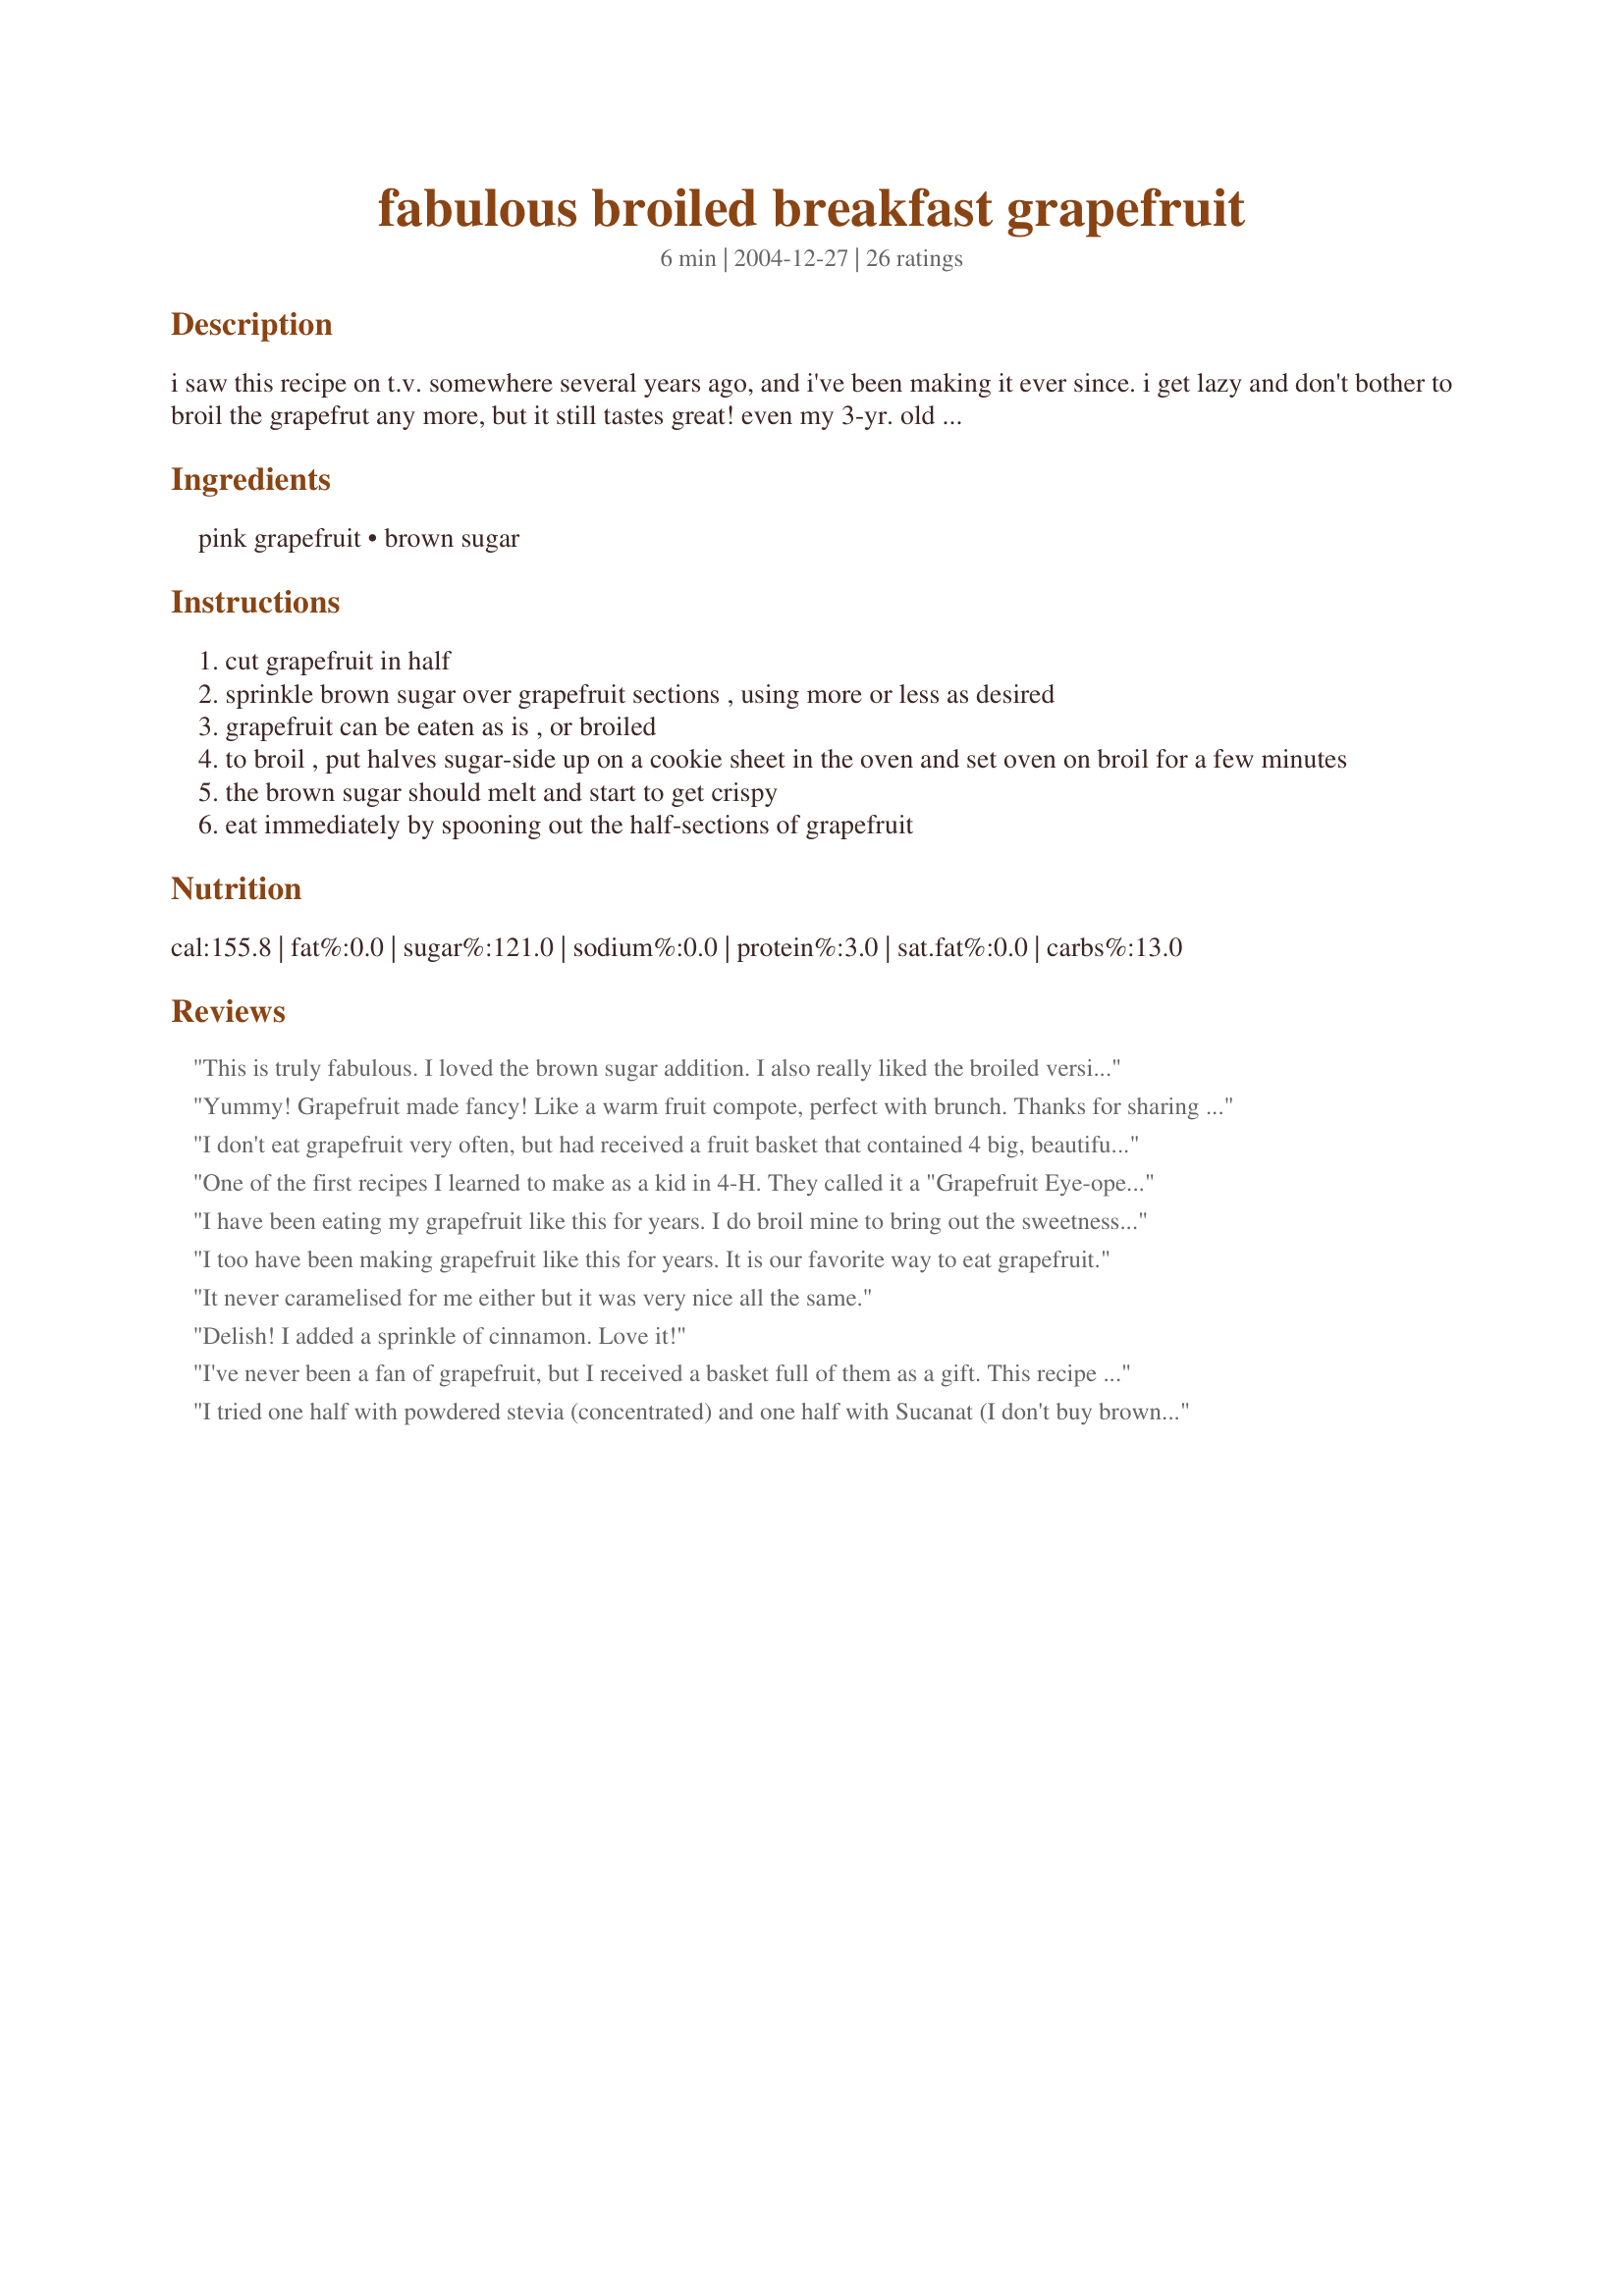
fabulous broiled breakfast grapefruit
Preparation time: 6 minutes

i saw this recipe on t.v. somewhere several years ago, and i've been making it ever since. i get lazy and don't bother to broil the grapefrut any more, but it still tastes great! even my 3-yr. old now eats grapefruit this way.

Ingredients:
pink grapefruit, brown sugar

Steps:
cut grapefruit in half
sprinkle brown sugar over grapefruit sections , using more or less as desired
grapefruit can be eaten as is , or broiled
to broil , put halves sugar-side up on a cookie sheet in the oven and set oven on broil for a few minutes
the brown sugar should melt and start to get crispy
eat immediately by spooning out the half-sections of grapefruit

Reviews:
This is truly fabulous. I loved the brown sugar addition. I also really liked the broiled version of this. Thanks for sharing. Made for Think Pink 09 :)
Yummy! Grapefruit made fancy! Like a warm fruit compote, perfect with brunch. Thanks for sharing the recipe!
I don't eat grapefruit very often, but had received a fruit basket that contained 4 big, beautiful grapefruits. I had the first two my usual way, which was sliced in half with some white sugar sprinkled on top. Then I decided to look on Zaar for another way to have my grapefruit. I found this recipe and found out that I DO like grapefruit. LOL I sliced the grapefruit in half, sliced between each of the sections and cut around the edge of the grapefruit so that the sections would come out easily. Then I sprinkled a little white sugar on the grapefruit and topped it with the brown sugar before putting it under the broiler. Yummy! Now I plan to actually buy grapefruit and not wait until I receive a fruit basket. Thanks for the wonderful recipe.
One of the first recipes I learned to make as a kid in 4-H. They called it a "Grapefruit Eye-opener". Just bought grapefruit spoons at the request of DH but have always cut them in half, then between the membranes in each little section before broiling to make it easier to eat. Thanks for a yummy - quick way to star the day and a great way to introduce grapefruit to children.
I have been eating my grapefruit like this for years. I do broil mine to bring out the sweetness of the fruit, and love this with a cup of tea and some whole grain toast. Thanks for posting the simple recipe.
I too have been making grapefruit like this for years. It is our favorite way to eat grapefruit.
It never caramelised for me either but it was very nice all the same.
Delish! I added a sprinkle of cinnamon. Love it!
I've never been a fan of grapefruit, but I received a basket full of them as a gift. This recipe is by far the best way to eat grapefruit. I added a little pinch of cinnamon to each half. Yum! I strongly suggest cutting sections prior to broiling. Otherwise, you have a very sticky mess on your hands!
I tried one half with powdered stevia (concentrated) and one half with Sucanat (I don't buy brown sugar). I sprinkled both halves with cinnamon. I appreciated the instructions on how to broil them. I liked the half with stevia better - it was sweeter, with less sugar. I'll bet honey would be good, just maybe messier. And the previous reviewer's suggestion on cutting sections before broiling is a great idea!
These are great. My Mom used to make these for us, but she added a maraschino cherry top it off.
Mmmm. I've also sectioned the grapefruit and broiled it with with the brown sugar in custard dishes. It makes a nice, healthy dessert.
Thank you so much! I was telling dh about broiling grapefruit with brown sugar just yesterday. He thought I was nuts. I wasn't sure exactly how to go about doing it (how long, if it was just brown sugar, etc). Incrediblythe recipe is featured on 'zaar's homepage today. 

Those who did the pics did a great job. How can one go wrong?
Yum!
To make this easier to eat, I cut the skin off my grapefruit, then cut it in half, added the brown sugar and boiled it. Very tasty and I look forward to eating more grapefruit!
I've done this for years. It makes a really nice, but light first course to any meal. At Christmas I like to alternate red and green maraschino cherries in the middle of the grapefruit halves before broiling. It makes such a festive table!
I am on a grapefruit kick and this is a wonderful and different way to enjoy grapefruit!! Never had warm grapefruit before and loved it!!! Added a bit less than 1 tablespoon and broiled it for a few minutes! Thanks SAHMchef!! :)
I love Grapefruit and have had it prepared this way many times! Broiling it really brings out the flavor. Thanks for sharng!
Refreshing, warm and a bit sweet. Great on a cold morning. Used extra brown sugar.
Made this to include with some pancakes for breakfast the other day ~ GREAT, JUST GREAT! And so easy to do, too! We love grapefruit around here anyway, & this is a wonderful new way for us to eat it! [Made & reviewed in Healthy Choices ABC tag]
Very Yummy. Made using Splenda Brown Sugar for baking. This has always been my favorite way to eat grapefruit. Thanks for posting it.
Hmmm. This didn't work for me. I used Brown Sugar Splenda (diabetic, trying to save on sugar) so I think that's where I strayed. The flavor was fantastic, but it never got crispy on top. Also, it was a really juicy grapefruit so I don't know if that kept it from caramelizing. I will try this again and repost.
This was a very nice addition to a festive breakfast. It was simple to make & very tasty, DS especially enjoyed it. I wouldn't have thought to fix grapefruit this way w/o seeing this recipe. Thanks.
Very tasty! Thanks for sharing
This was such a great, simple recipe. I'd never eaten grapefruit this way, and actually hadn't had any grapefruit at all in a looong time. I broiled mine for about 4 minutes & had it with some hot tea. :)
Yum! So simple and so good. Loved the broiled brown sugar. Thanks for the keeper. Made for Think Pink Tag.
YUM, this is my favorite way to eat grapefruit. Before this I ate it cold with white sugar. I like the brown sugar and the warmed fruit, it adds a special touch the flavor is fantastic. I cut between the membranes to loosen sections prior to broiling so it's easy to eat with a spoon. I then squeeze the heck out of each half into my spoon and drink up the juice (leaving out any seeds that get squeezed out). Then I grab my bowl and slurp any leftover juice that's dripped! LOL, not very womanly, I know, but it's so good!
